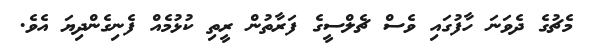
މެޗުގެ ދެވަނަ ހާފުގައި ވެސް ޗެލްސީގެ ފަރާތުން ރީތި ކުޅުމެއް ފެނިގެންދިޔަ އެވެ.